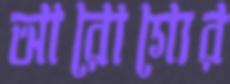
আরোগ্যের